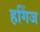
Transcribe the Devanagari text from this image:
हगिंज